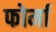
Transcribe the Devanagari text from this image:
फोर्मा